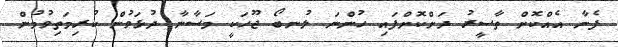
ފެނާ އެއްކޮށް ތާސީރު ދަށްކޮށްފައި ހުންނަ ލުނބޯ ޖޫހަކީ މަސާނާ ދުޅަވުން ކުރިމަތިވުމުން